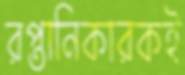
রপ্তানিকারকই